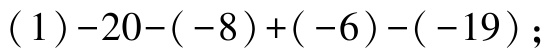
\((1)-20-(-8)+(-6)-(-19);\)